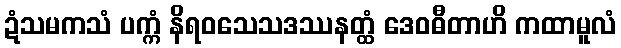
ဍံသမကသံ ပက္ကံ နိရဝသေသဒဿနတ္ထံ ဒေဝဓီတာဟိ ကထာမူလံ